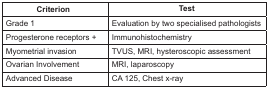
<table><thead><tr><td><b>Criterion</b></td><td><b>Test</b></td></tr></thead><tbody><tr><td>Grade 1</td><td>Evaluation by two specialised pathologists</td></tr><tr><td>Progesterone receptors +</td><td>Immunohistochemistry</td></tr><tr><td>Myometrial invasion</td><td>TVUS, MRI, hysteroscopic assessment</td></tr><tr><td>Ovarian Involvement</td><td>MRI, laparoscopy</td></tr><tr><td>Advanced Disease</td><td>CA 125, Chest x-ray</td></tr></tbody></table>